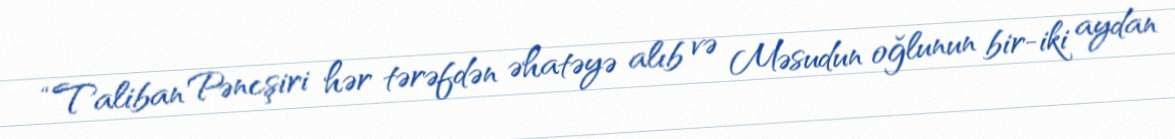
“Taliban Pəncşiri hər tərəfdən əhatəyə alıb və Məsudun oğlunun bir-iki aydan